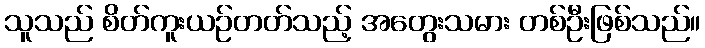
သူသည် စိတ်ကူးယဉ်တတ်သည့် အတွေးသမား တစ်ဦးဖြစ်သည်။